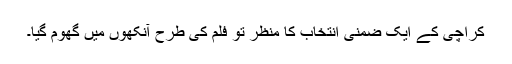
کراچی کے ایک ضمنی انتخاب کا منظر تو فلم کی طرح آنکھوں میں گھوم گیا۔